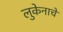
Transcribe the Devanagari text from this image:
लुकेनाचे